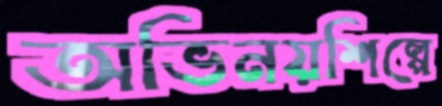
অভিনয়শিল্পে